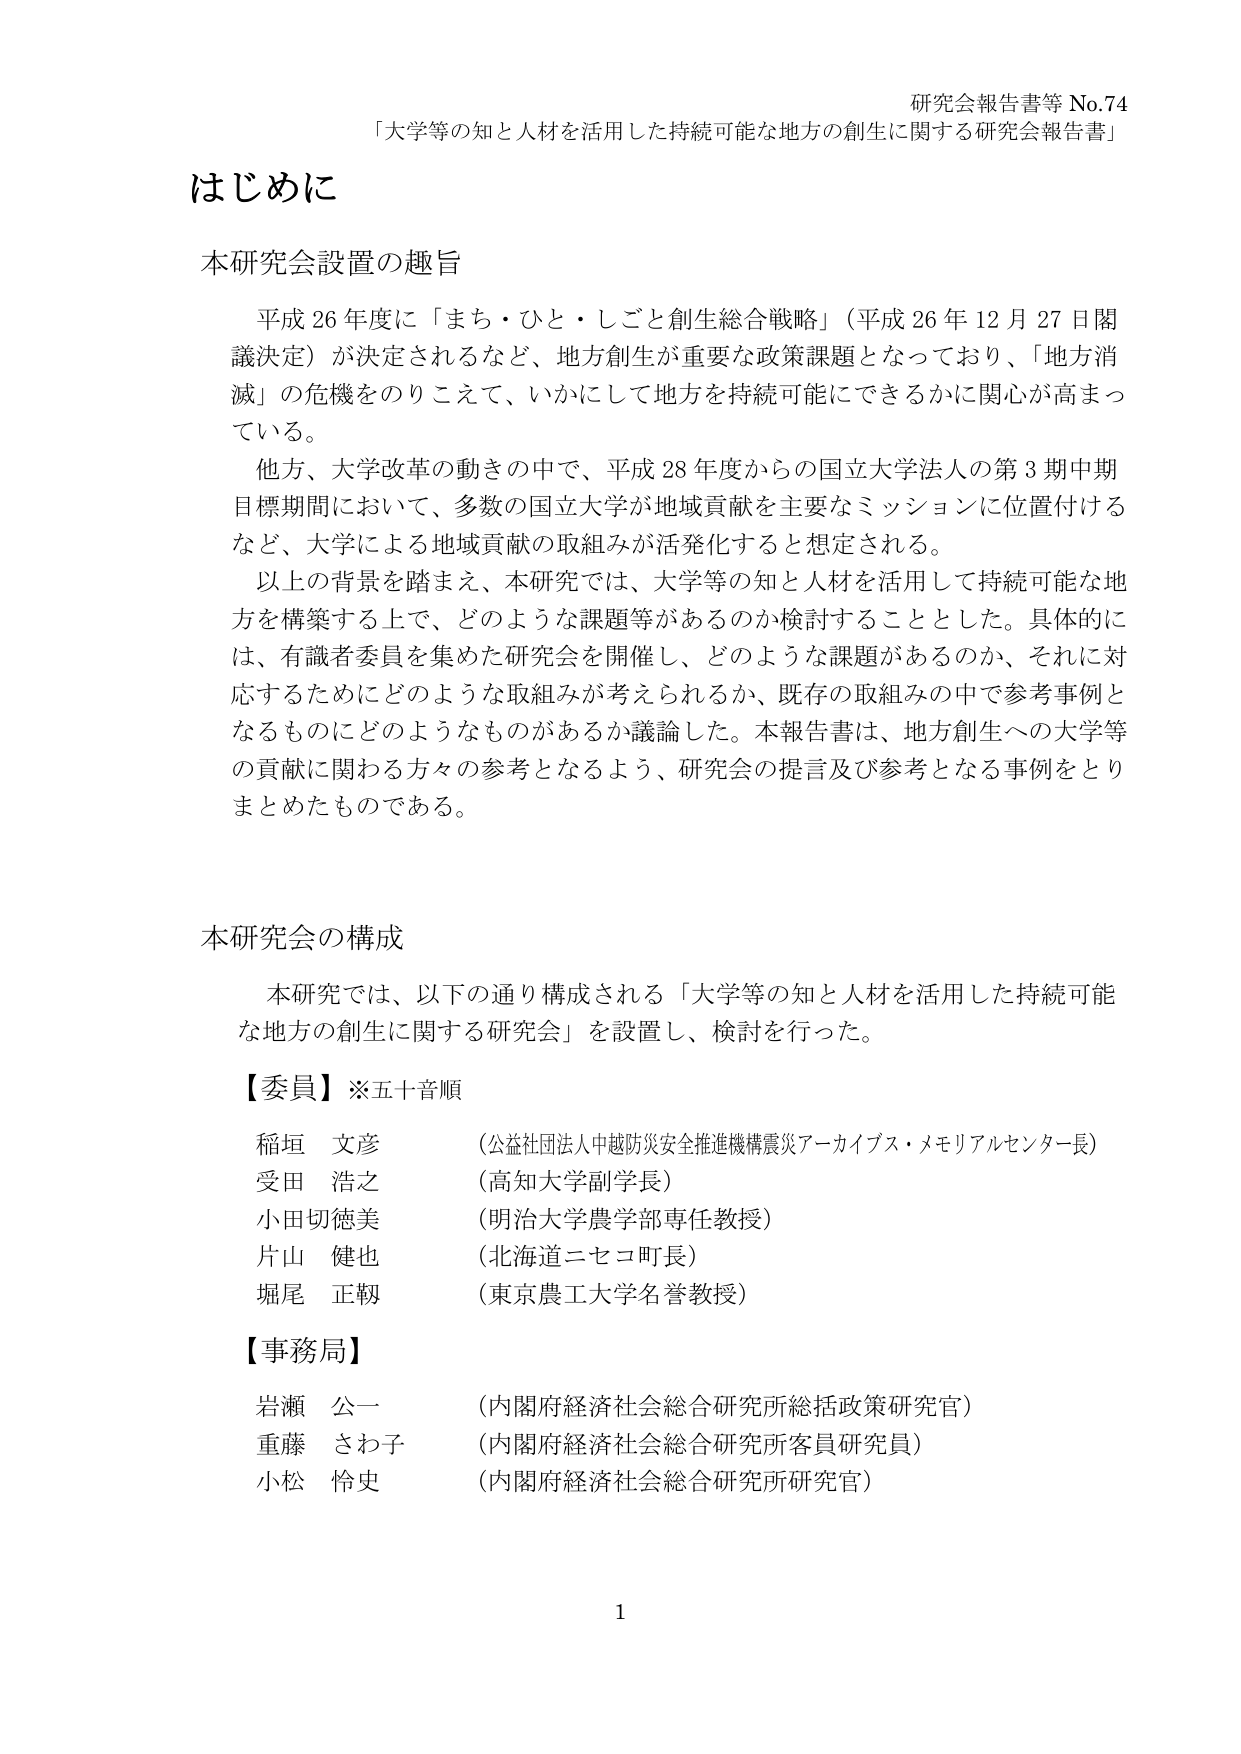
研究会報告書等 No.74
「大学等の知と人材を活用した持続可能な地方の創生に関する研究会報告書」

はじめに

本研究会設置の趣旨

平成26年度に「まち・ひと・しごと創生総合戦略」（平成26年12月27日閣議決定）が決定されるなど、地方創生が重要な政策課題となっており、「地方消滅」の危機をのりこえて、いかにして地方を持続可能にできるかに関心が高まっている。

他方、大学改革の動きの中で、平成28年度からの国立大学法人の第3期中期目標期間において、多数の国立大学が地域貢献を主要なミッションに位置付けるなど、大学による地域貢献の取組みが活発化すると想定される。

以上の背景を踏まえ、本研究では、大学等の知と人材を活用して持続可能な地方を構築する上で、どのような課題等があるのか検討することとした。具体的には、有識者委員を集めた研究会を開催し、どのような課題があるのか、それに対応するためにどのような取組みが考えられるか、既存の取組みの中で参考事例となるものにどのようなものがあるか議論した。本報告書は、地方創生への大学等の貢献に関わる方々の参考となるよう、研究会の提言及び参考となる事例をとりまとめたものである。

本研究会の構成

本研究では、以下の通り構成される「大学等の知と人材を活用した持続可能な地方の創生に関する研究会」を設置し、検討を行った。

【委員】※五十音順

稲垣 文彦 （公益社団法人中越防災安全推進機構震災アーカイブス・メモリアルセンター長）
受田 浩之 （高知大学副学長）
小田切徳美 （明治大学農学部専任教授）
片山 健也 （北海道ニセコ町長）
堀尾 正靱 （東京農工大学名誉教授）

【事務局】

岩瀬 公一 （内閣府経済社会総合研究所総括政策研究官）
重藤 さわ子 （内閣府経済社会総合研究所客員研究員）
小松 怜史 （内閣府経済社会総合研究所研究官）

1